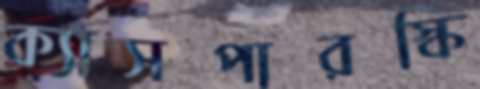
ক্যাসপারস্কি